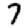
Digit: 7